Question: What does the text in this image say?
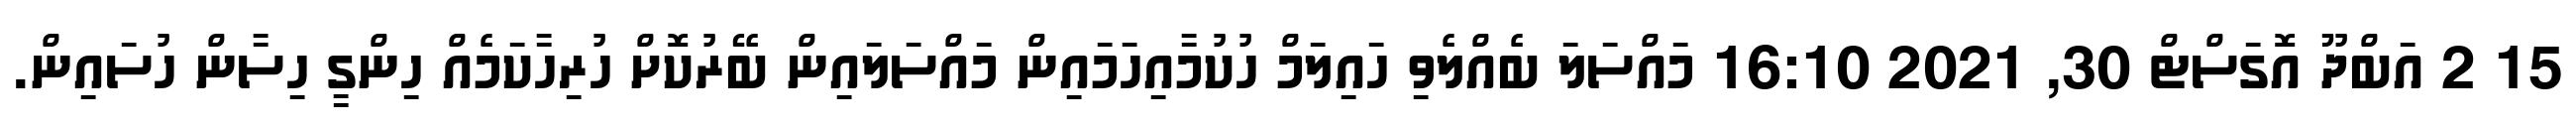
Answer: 15 2 އަބްދޫ އޮގަސްޓް 30, 2021 16:10 މައްސަލަ ބެއްލެވި ހައިލަމް ހުކުމާއިހަމައިން މައްސަލައިން ބޭރުކޮށް ހުރިހާކަމެއް ހިންގީ ހިސާން ހުސައިން.